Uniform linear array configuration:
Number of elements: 12
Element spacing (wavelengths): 0.5
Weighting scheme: blackman
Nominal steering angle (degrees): -15
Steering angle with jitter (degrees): -13.424
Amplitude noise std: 0.05
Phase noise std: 0.05

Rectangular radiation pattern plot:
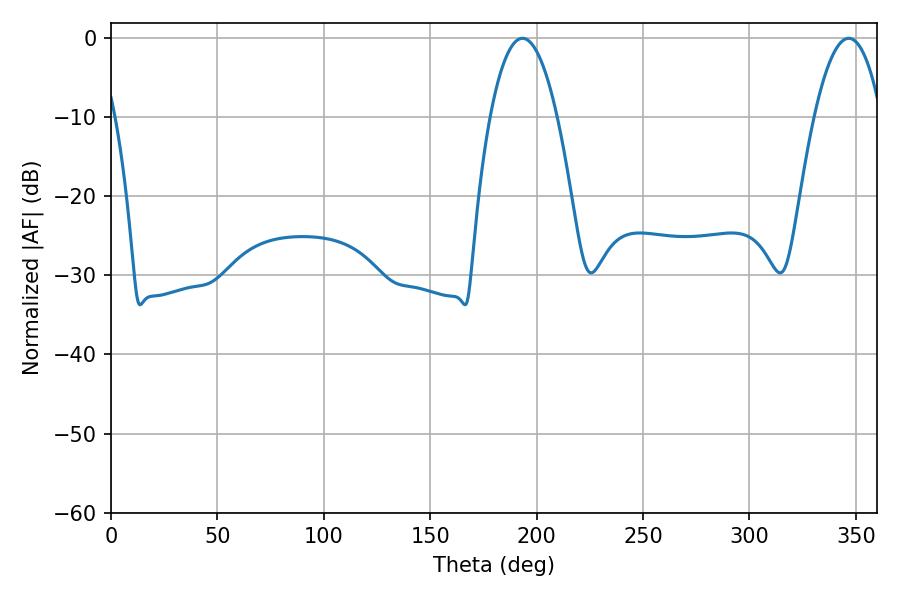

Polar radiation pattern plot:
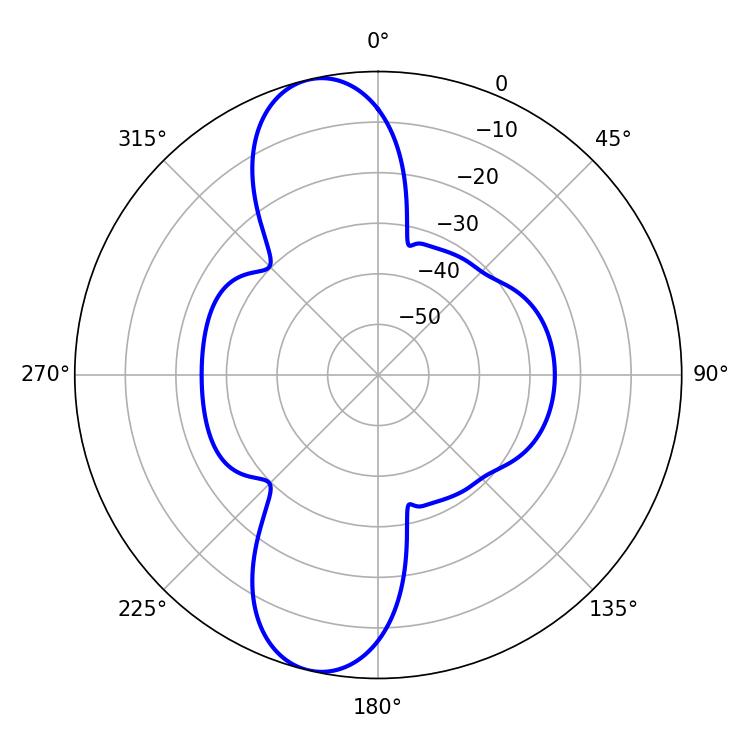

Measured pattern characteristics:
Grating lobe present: FALSE
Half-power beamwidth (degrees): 17.28
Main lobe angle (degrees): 193.32